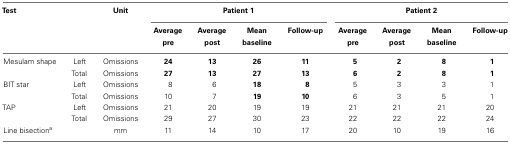
| Test |  | Unit | <COLSPAN=4> Patient 1 | <COLSPAN=4> Patient 2 |
 |  |  |  | Average | Average | Mean | Follow-up | Average | Average | Mean | Follow-up |
 |  |  |  | pre | post | baseline |  | pre | post | baseline |  |
 | --- | --- | --- | --- | --- | --- | --- | --- | --- | --- | --- |
 | Mesulam shape | Left | Omissions | 24 | 13 | 26 | 11 | 5 | 2 | 8 | 1 |
 |  | Total | Omissions | 27 | 13 | 27 | 13 | 6 | 2 | 8 | 1 |
 | BIT star | Left | Omissions | 8 | 6 | 18 | 8 | 5 | 3 | 3 | 1 |
 |  | Total | Omissions | 10 | 7 | 19 | 10 | 6 | 3 | 5 | 1 |
 | TAP | Left | Omissions | 21 | 20 | 19 | 19 | 21 | 21 | 21 | 20 |
 |  | Total | Omissions | 29 | 27 | 30 | 23 | 22 | 22 | 22 | 24 |
 | Line bisectiona |  | mm | 11 | 14 | 10 | 17 | 20 | 10 | 19 | 16 |